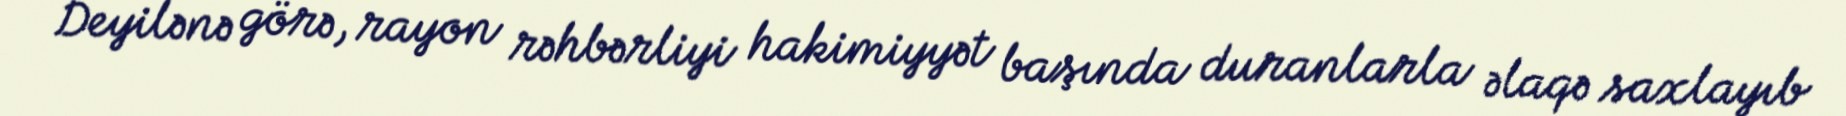
Deyilənə görə, rayon rəhbərliyi hakimiyyət başında duranlarla əlaqə saxlayıb